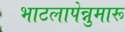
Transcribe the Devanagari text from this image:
भाटलापेन्नुमारू